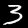
Digit: 3